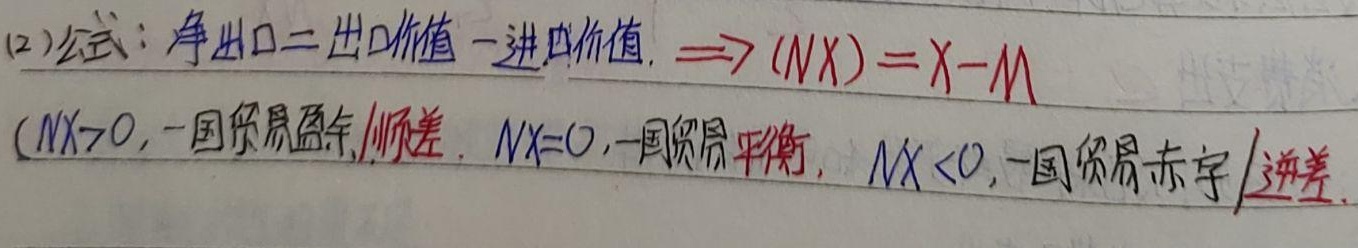
(2) 公式：净出口 = 出口价值 - 进口价值，即 $(NX)=X - M$。
当 $NX>0$ 时，一国贸易盈余/顺差；当 $NX = 0$ 时，一国贸易平衡；当 $NX<0$ 时，一国贸易赤字/逆差。